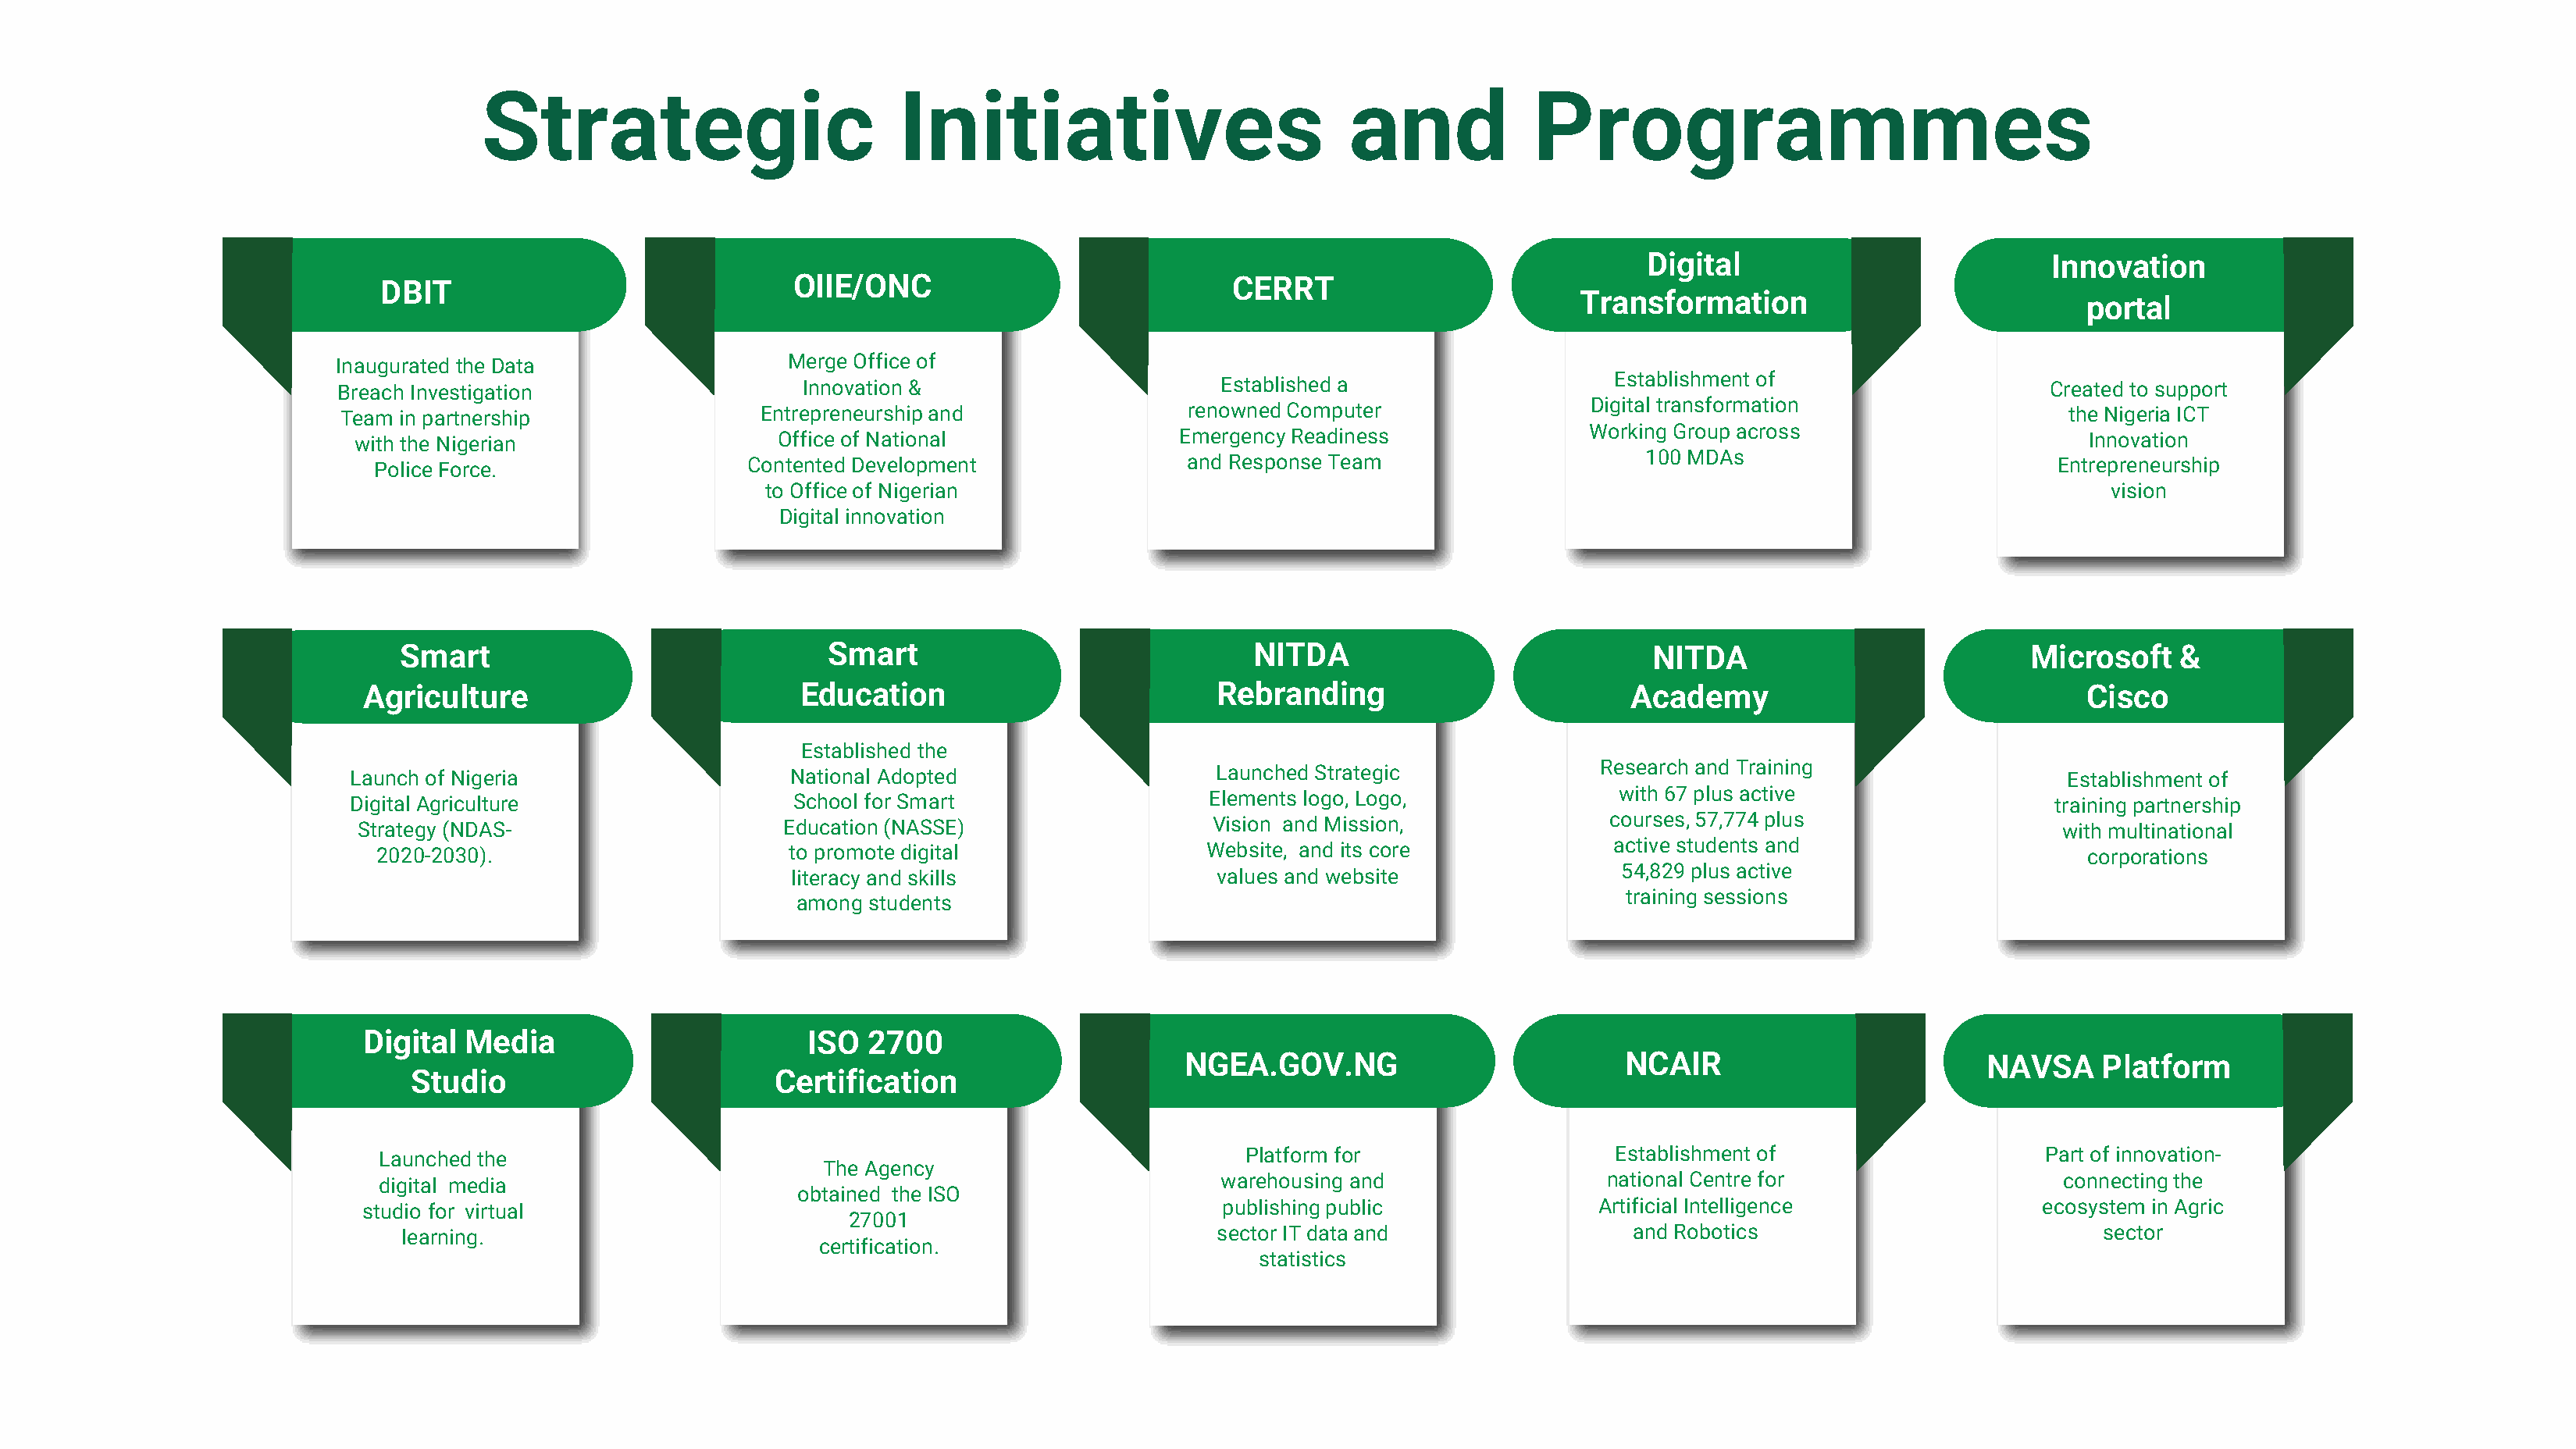
Strategic                          Initiatives                           and             Programmes
 Digital                           Innovation
 DBIT                               OIIE/ONC                             CERRT
 Transformation
 portal
 Inaugurated the Data                   Merge Office of
 Establishment of
 Breach Investigation                   Innovation &                       Established a                                                          Created to support
 Digital transformation
 Team in partnership                Entrepreneurship and                 renowned Computer                                                         the Nigeria ICT
 Working Group across
 with the Nigerian                   Office of National                Emergency Readiness                                                          Innovation
 100 MDAs
 Police Force.                  Contented Development                 and Response Team                                                        Entrepreneurship
 to Office of Nigerian                                                                                             vision
 Digital innovation
 Smart                               Smart                               NITDA                             NITDA                           Microsoft    &
 Agriculture                          Education                          Rebranding                         Academy                                Cisco
 Established the
 Research and Training
 Launch of Nigeria                    National Adopted                    Launched Strategic                                                      Establishment of
 with 67 plus active
 Digital Agriculture                  School for Smart                   Elements logo, Logo,                                                    training partnership
 courses, 57,774 plus
 Strategy (NDAS-                     Education(NASSE)                     Vision and Mission,                                                     with multinational
 active students and
 2020-2030).                        to promote digital                 Website, and its core                                                      corporations
 54,829 plus active
 literacy and skills                 values and website
 training sessions
 among  students
 Digital Media                        ISO   2700
 NGEA.GOV.NG                           NCAIR                         NAVSA     Platform
 Studio                         Certification
 Launched the                                                              Platform for                   Establishment of                    Part of innovation-
 The Agency
 digital media                                                          warehousing and                  national Centre for                    connecting the
 obtained the ISO
 studio for virtual                                                       publishing public              Artificial Intelligence               ecosystem in Agric
 27001
 learning.                                                            sector IT dataand                  and Robotics                            sector
 certification.
 statistics